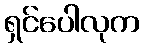
ရှင်ပေါလုက